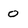
Character: o